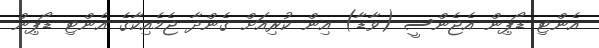
އެންޓި ޑޯޕިން އެޖެންސީ (ވާޑާ) އިން ކުރިއަށް ގެންދާ ޖެމެއިކާގެ އެންޓި ޑޯޕިން